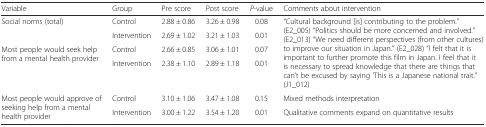
<table><thead><tr><td><b>Variable</b></td><td><b>Group</b></td><td><b>Pre score</b></td><td><b>Post score</b></td><td><b><i>P</i>-value</b></td><td><b>Comments about intervention</b></td></tr></thead><tbody><tr><td rowspan="2">Social norms (total)</td><td>Control</td><td>2.88 ± 0.86</td><td>3.26 ± 0.98</td><td>0.08</td><td rowspan="4">“Cultural background [is] contributing to the problem.” (E2_005) “Politics should be more concerned and involved.” (E2_013) “We need different perspectives (from other cultures) to improve our situation in Japan.” (E2_028) “I felt that it is important to further promote this film in Japan. I feel that it is necessary to spread knowledge that there are things that can’t be excused by saying ‘This is a Japanese national trait.” (J1_012)</td></tr><tr><td>Intervention</td><td>2.69 ± 1.02</td><td>3.21 ± 1.03</td><td>0.01</td></tr><tr><td rowspan="2">Most people would seek help from a mental health provider</td><td>Control</td><td>2.66 ± 0.85</td><td>3.06 ± 1.01</td><td>0.07</td></tr><tr><td>Intervention</td><td>2.38 ± 1.10</td><td>2.89 ± 1.18</td><td>0.01</td></tr><tr><td rowspan="2">Most people would approve of seeking help from a mental health provider</td><td>Control</td><td>3.10 ± 1.06</td><td>3.47 ± 1.08</td><td>0.15</td><td>Mixed methods interpretation</td></tr><tr><td>Intervention</td><td>3.00 ± 1.22</td><td>3.54 ± 1.20</td><td>0.01</td><td>Qualitative comments expand on quantitative results</td></tr></tbody></table>